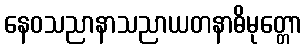
နေဝသညာနာသညာယတနာဓိမုတ္တော